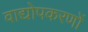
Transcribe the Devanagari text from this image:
वाद्योपकरणों